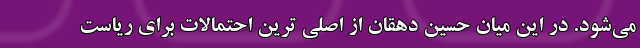
می‌شود. در این میان حسین دهقان از اصلی ترین‌ احتمالات برای ریاست